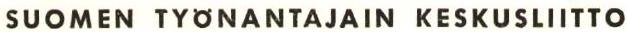
SUOMEN TYONANTAJAIN KESKUSLIITTO